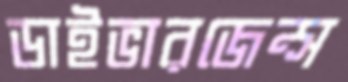
ডাইভারজেন্স